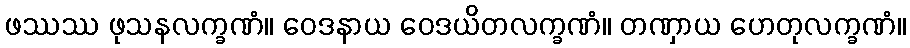
ဖဿဿ ဖုသနလက္ခဏံ။ ဝေဒနာယ ဝေဒယိတလက္ခဏံ။ တဏှာယ ဟေတုလက္ခဏံ။